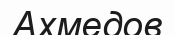
Ахмедов